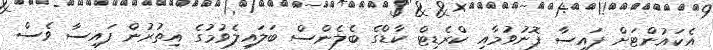
އެކައުންޓަށް ފައިސާ ފޮނުވުމާއި ކްރެޑިޓް ކާޑްގެ ބެލެންސް ބަލައިލެވުމުގެ އިތުރުން ފައިސާ ވެސް